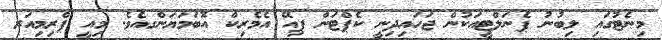
މިނެޓުގައި ލިބުނު ޕެނަލްޓީއަކުން ޖަހައިދިނީ ކެޕްޓަން ޕިއޭ އެމެރިކް އޮބަމަޔަންގއެވެ. މިއީ ޕްރިމިއަރ